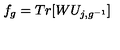
f _ { g } = T r [ W U _ { j , g ^ { - 1 } } ]